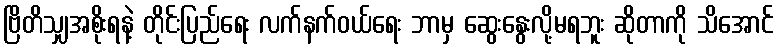
ဗြိတိသျှအစိုးရနဲ့ တိုင်းပြည်ရေး လက်နက်ဝယ်ရေး ဘာမှ ဆွေးနွေးလို့မရဘူး ဆိုတာကို သိအောင်